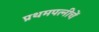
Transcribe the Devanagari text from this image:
प्रथमपत्नीचें